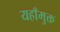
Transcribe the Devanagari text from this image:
यहाँमुक्त